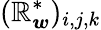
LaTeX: (\boldsymbol{\mathbb{R}}_{\boldsymbol{w}}^{*})_{i,j,k}